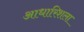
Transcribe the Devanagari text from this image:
आधारिशला